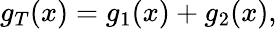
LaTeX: g_{T}(x)=g_{1}(x)+g_{2}(x),